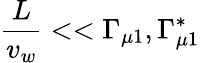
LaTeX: {\frac{L}{v_{w}}}<<\Gamma_{\mu 1},\Gamma_{\mu 1}^{*}